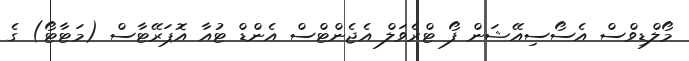
މޯލްޑިވްސް އެސޯސިއޭޝަން ފޯ ޓްރެވަލް އެޖެންޓްސް އެންޑް ޓުއާ އޮޕަރޭޓާސް (މަޓާޓޯ) ގެ